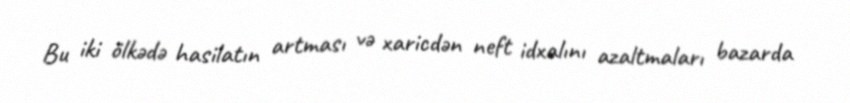
Bu iki ölkədə hasilatın artması və xaricdən neft idxalını azaltmaları bazarda